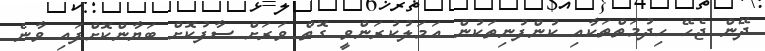
ދޭން ޖެހޭ ހިދުމަތްތަކާއި ކުންފުނިތަކުން އަމަލުކުރަންވީ ގޮތް ވަރަށް ސާފުކޮށް ބަޔާންކޮށްފައި ވާނެ